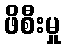
ဖိစီးမှု